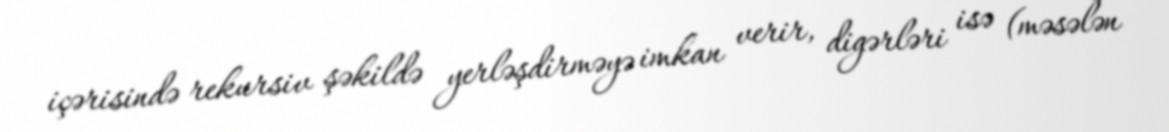
içərisində rekursiv şəkildə yerləşdirməyə imkan verir, digərləri isə (məsələn